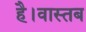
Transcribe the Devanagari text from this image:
है।वास्तब